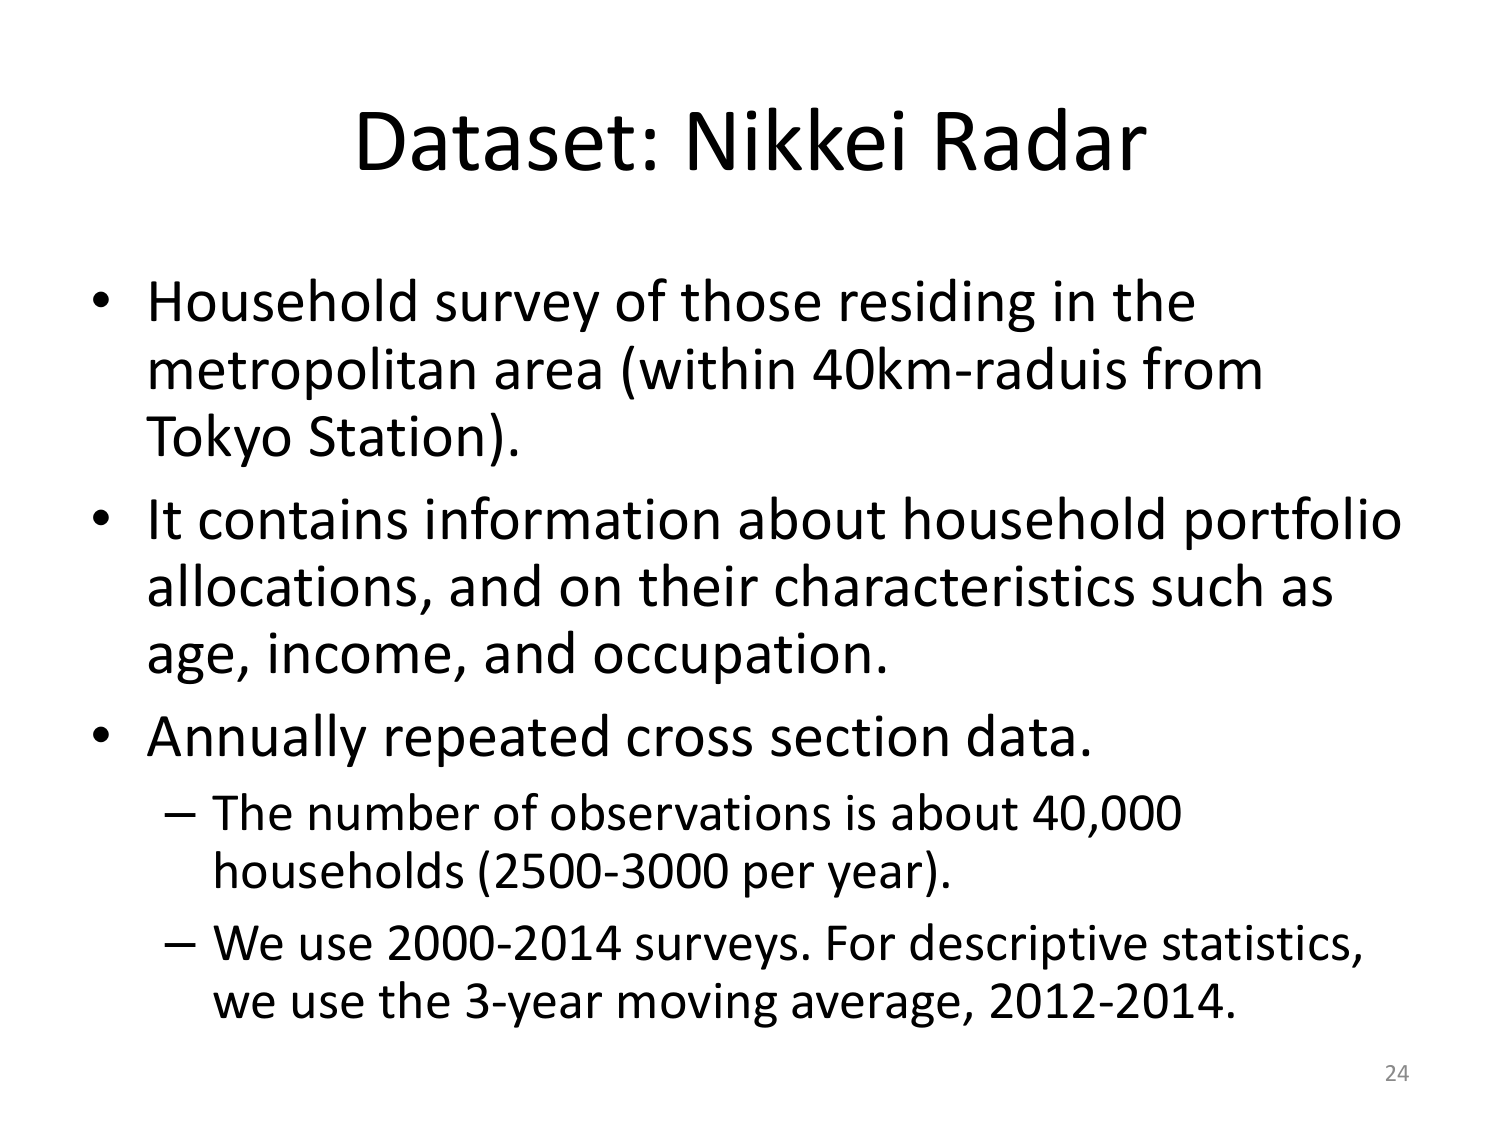
Dataset: Nikkei Radar

• Household survey of those residing in the metropolitan area (within 40km-raduis from Tokyo Station).

• It contains information about household portfolio allocations, and on their characteristics such as age, income, and occupation.

• Annually repeated cross section data.
– The number of observations is about 40,000 households (2500-3000 per year).
– We use 2000-2014 surveys. For descriptive statistics, we use the 3-year moving average, 2012-2014.

24